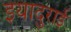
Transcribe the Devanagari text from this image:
इयादुराई